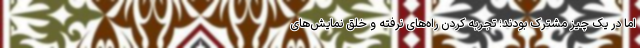
اما در یک چیز مشترک بودند؛ تجربه کردن راه‌های نرفته و خلق نمایش‌های